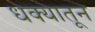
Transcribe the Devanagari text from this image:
धक्यातून